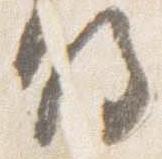
将